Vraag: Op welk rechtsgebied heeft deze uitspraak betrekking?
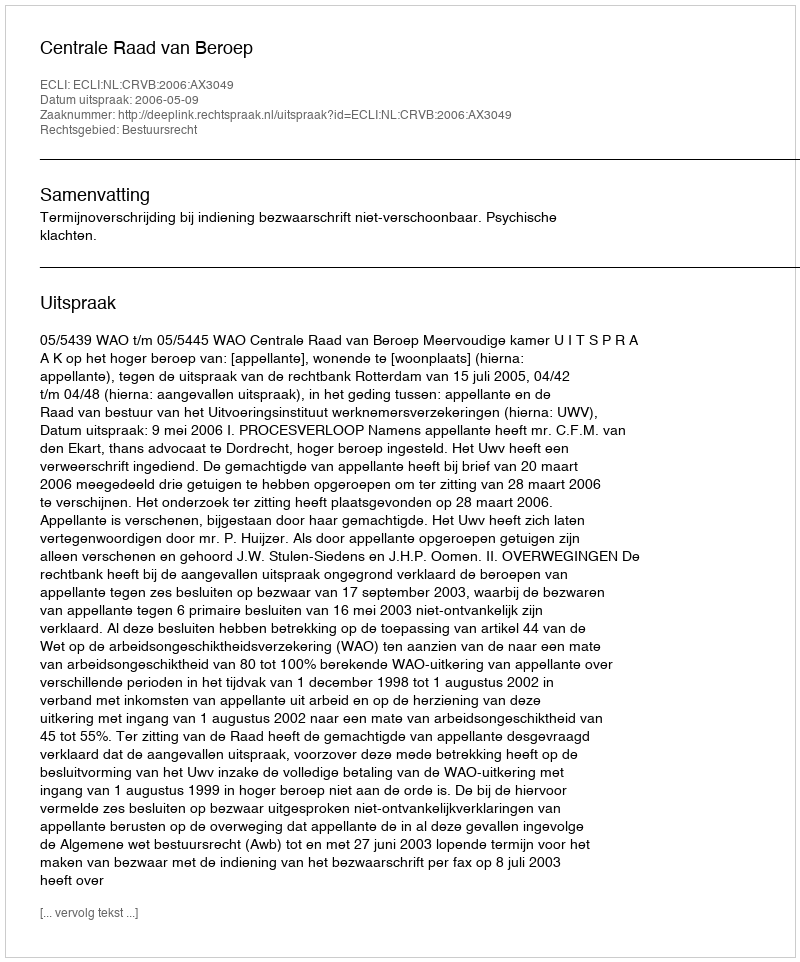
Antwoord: Bestuursrecht